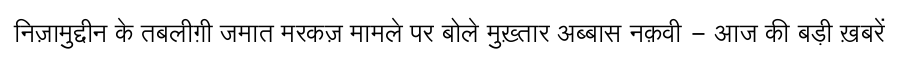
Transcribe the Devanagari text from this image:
निज़ामुद्दीन के तबलीग़ी जमात मरकज़ मामले पर बोले मुख़्तार अब्बास नक़वी - आज की बड़ी ख़बरें